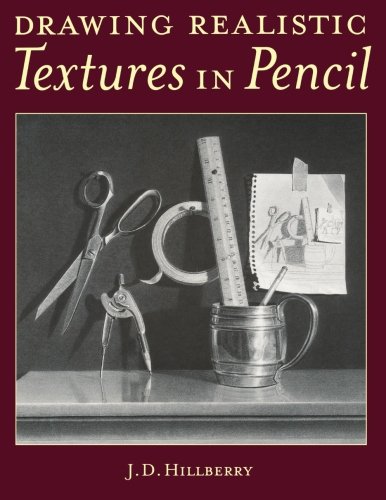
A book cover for Drawing Realistic Textures in Pencil; J. D. Hillberry; Arts & Photography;